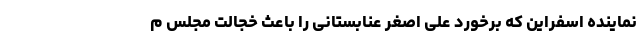
نماینده اسفراین که برخورد علی اصغر عنابستانی را باعث خجالت مجلس م